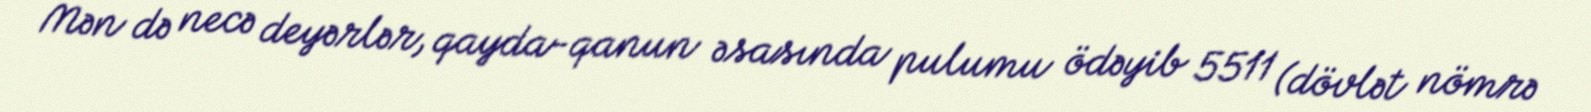
Mən də necə deyərlər, qayda-qanun əsasında pulumu ödəyib 5511 (dövlət nömrə